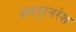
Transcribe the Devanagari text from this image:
जयपुरनरेश